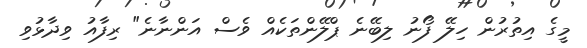
މީގެ އިތުރުން ހިލޭ ފޯނު ލިބޭނެ ޕްލޭންތަކެއް ވެސް އަންނާނެ" ރިފާއު ވިދާޅުވި